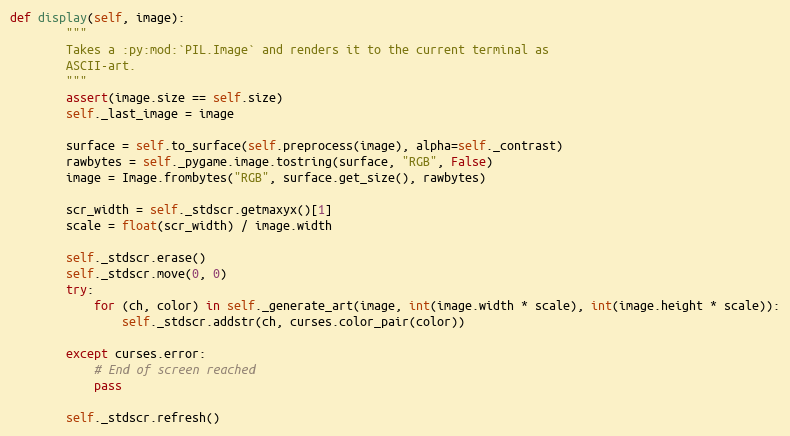
Language: Python
def display(self, image):
        """
        Takes a :py:mod:`PIL.Image` and renders it to the current terminal as
        ASCII-art.
        """
        assert(image.size == self.size)
        self._last_image = image

        surface = self.to_surface(self.preprocess(image), alpha=self._contrast)
        rawbytes = self._pygame.image.tostring(surface, "RGB", False)
        image = Image.frombytes("RGB", surface.get_size(), rawbytes)

        scr_width = self._stdscr.getmaxyx()[1]
        scale = float(scr_width) / image.width

        self._stdscr.erase()
        self._stdscr.move(0, 0)
        try:
            for (ch, color) in self._generate_art(image, int(image.width * scale), int(image.height * scale)):
                self._stdscr.addstr(ch, curses.color_pair(color))

        except curses.error:
            # End of screen reached
            pass

        self._stdscr.refresh()